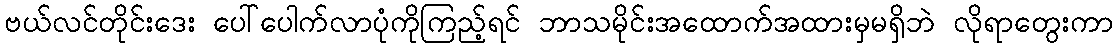
ဗယ်လင်တိုင်းဒေး ပေါ်ပေါက်လာပုံကိုကြည့်ရင် ဘာသမိုင်းအထောက်အထားမှမရှိဘဲ လိုရာတွေးကာ